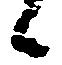
候